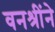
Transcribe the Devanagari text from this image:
वनश्रींने